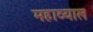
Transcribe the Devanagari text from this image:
महाव्याल